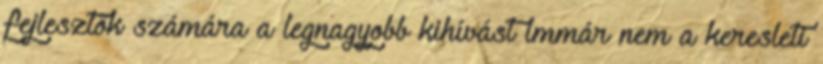
fejlesztők számára a legnagyobb kihívást immár nem a keresleti